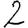
Digit: 2